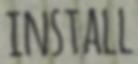
INSTALL